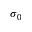
\sigma _ { 0 }